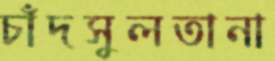
চাঁদসুলতানা